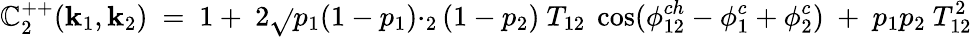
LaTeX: \mathbb{C}_{2}^{++}({\mathbf{k}}_{1},{\mathbf{k}}_{2})\ =\ 1+\ 2\sqrt{}{{p_{1}(1-p_{1})\cdotp_{2}(1-p_{2})}}\ T_{12}\ \cos(\phi_{12}^{ch}-\phi_{1}^{c}+\phi_{2}^{c})\ +\ p_{1}p_{2}\ T_{12}^{2}